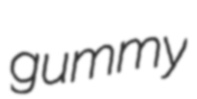
gummy